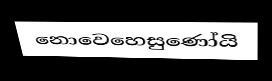
නොවෙහෙසුණෝයි